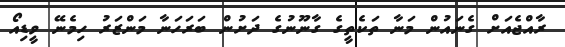
ރާއްޖެއަށް ގެނައުން މަނާ ތަކެތީގެ ގާނޫނުގެ ދަށުން ބަރަހަނާ މަންޒަރު ހިމެނޭ ވީޑިއޯ